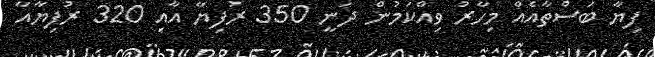
ފިޔާ ބަސްތާއެއް މިހާރު ވިއްކަމުން ދަނީ 350 ރުފިޔާ އާއި 320 ރުފިޔާއާ